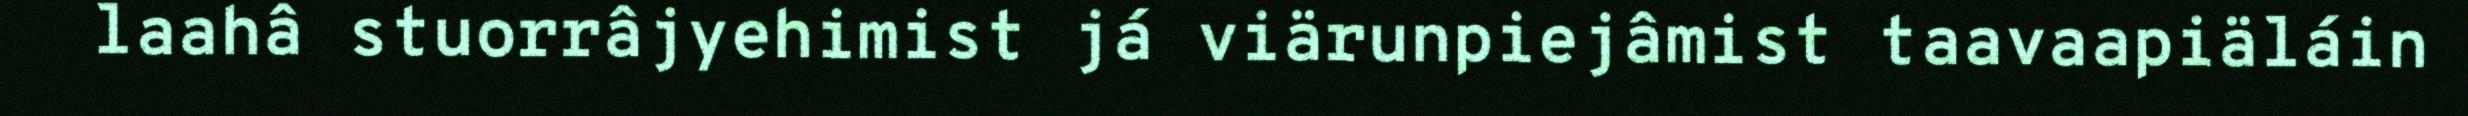
laahâ stuorrâjyehimist já viärunpiejâmist taavaapiäláin